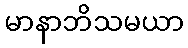
မာနာဘိသမယာ